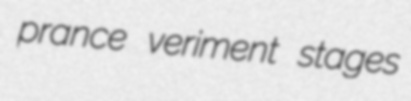
prance veriment stages